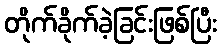
တိုက်ခိုက်ခဲ့ခြင်းဖြစ်ပြီး